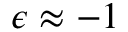
\epsilon \approx - 1